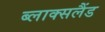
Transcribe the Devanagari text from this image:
ब्लाक्सलैंड